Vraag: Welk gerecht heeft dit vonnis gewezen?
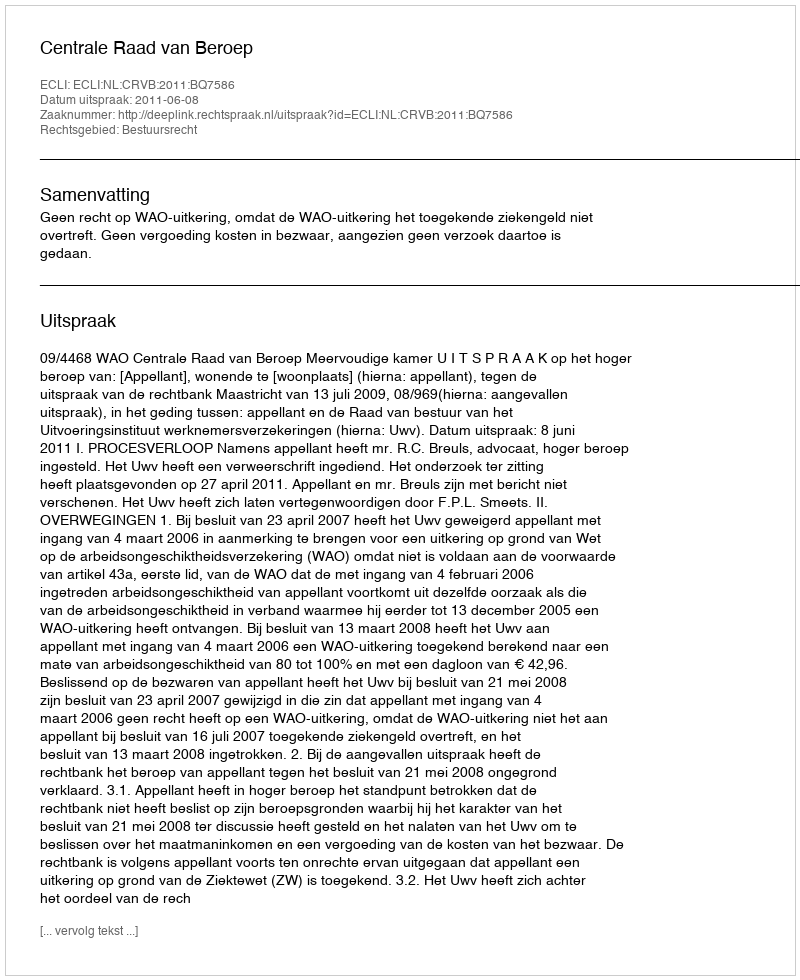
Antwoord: Centrale Raad van Beroep